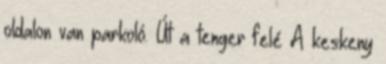
oldalon van parkoló. Út a tenger felé A keskeny